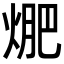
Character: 𭵁